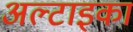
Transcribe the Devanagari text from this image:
अल्टाइका